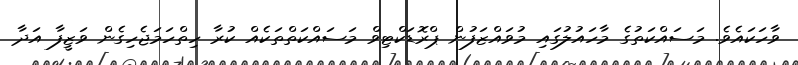
ވާހަކައެވެ. މަސައްކަތުގެ މާހައުލުގައި މުވައްޒަފުން ޕްރޮޑަކްޓިވް މަސައްކަތްތަކެއް ކުރާ ހިތްހަމަޖެހިގެން ވަޒީފާ އަދާ